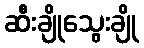
ဆီးချိုသွေးချို